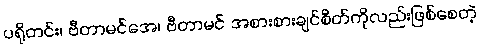
ပရိုတင်း၊ ဗီတာမင်အေ၊ ဗီတာမင် အစားစားချင်စိတ်ကိုလည်းဖြစ်စေတဲ့